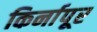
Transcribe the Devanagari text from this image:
किर्नापूर